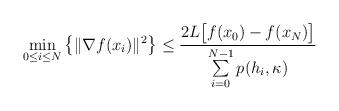
LaTeX: \begin{align*} \min_{0 {} \leq {} i {} \leq {} N} \big\{ \|\nabla f(x_i)\|^2\big\} {} \leq {} \frac{2L\big[f(x_0)-f(x_N)\big]}{ \sum\limits_{i=0}^{N-1} p(h_i, \kappa)}\end{align*}